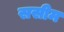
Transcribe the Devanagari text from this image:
ससीम